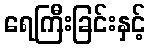
ရေကြီးခြင်းနှင့်